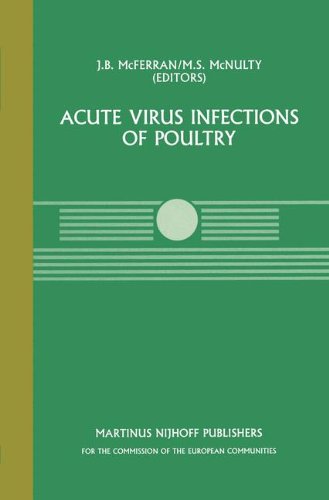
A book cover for Acute Virus Infections of Poultry: A Seminar in the CEC Agricultural Research Programme, held in Brussels, June 13-14, 1985 (Current Topics in Veterinary Medicine); Medical Books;